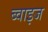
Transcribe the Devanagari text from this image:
ब्वाइज